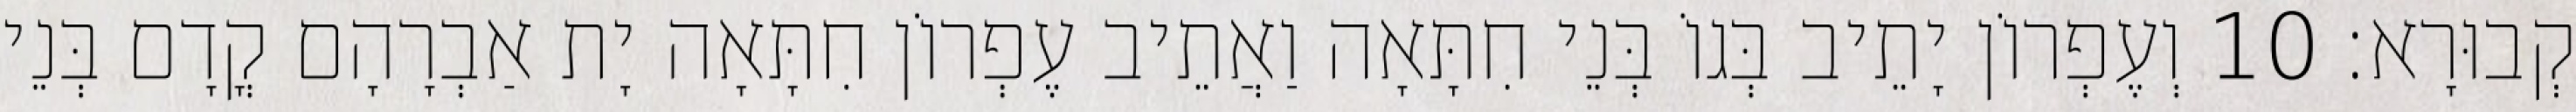
קְבוּרָא׃ 10 וְעֶפְרוֹן יָתֵיב בְּגוֹ בְּנֵי חִתָּאָה וַאֲתֵיב עֶפְרוֹן חִתָּאָה יָת אַבְרָהָם קֳדָם בְּנֵי